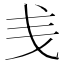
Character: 㦮